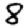
Digit: 8